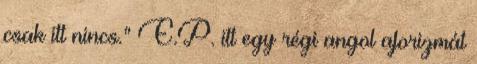
csak itt nincs.” E.P. itt egy régi angol aforizmát